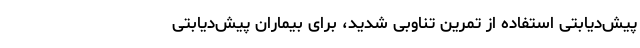
پیش‌دیابتی استفاده از تمرین تناوبی شدید، برای بیماران پیش‌دیابتی